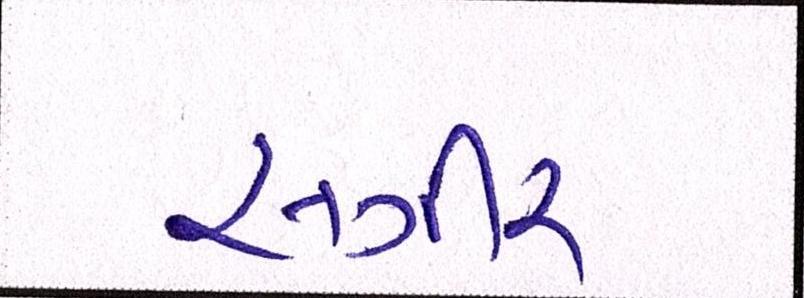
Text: સગીર